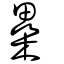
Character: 櫐